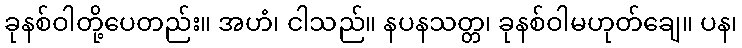
ခုနစ်ဝါတို့ပေတည်း။ အဟံ၊ ငါသည်။ နပနသတ္တ၊ ခုနစ်ဝါမဟုတ်ချေ။ ပန၊